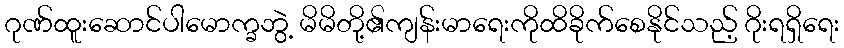
ဂုဏ်ထူးဆောင်ပါမောက္ခဘွဲ့ မိမိတို့၏ကျန်းမာရေးကိုထိခိုက်စေနိုင်သည့် ဂိုးရရှိရေး